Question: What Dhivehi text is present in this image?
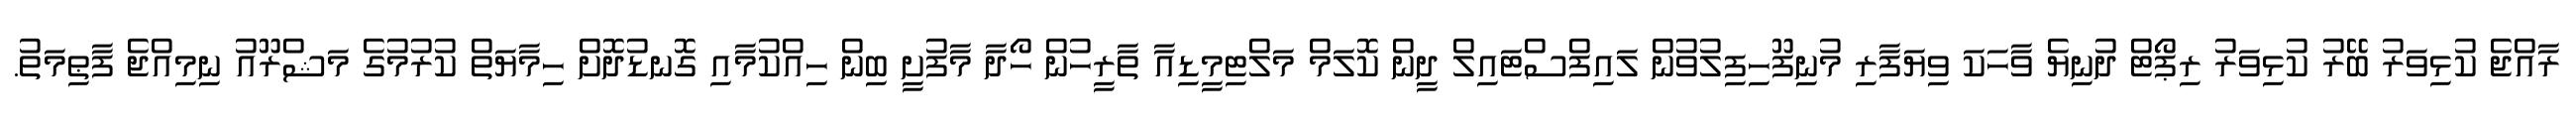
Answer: ރާއްޖެ ކުޅިވަރު ބޭރު ކުޅިވަރު ރިޕޯޓް ދުނިޔެ ވާހަކަ ވިޔަފާރި މުނިފޫހިފިލުވުން ލައިފްސްޓައިލް ދީން ކޮލަމް މަލްޓިމީޑިއާ ތާރީހުން ހޯދާ މާފުށީ ބިން ހިއްކުމާއި ގޮނޑުދޮށް ހިމާޔަތް ކުރުމުގެ މަޝްރޫއު ނިމިއްޖެ ފާޠިމަތު.